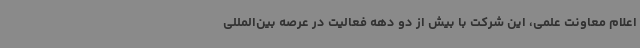
اعلام معاونت علمی، این شرکت با بیش از دو دهه فعالیت در عرصه بین‌المللی